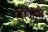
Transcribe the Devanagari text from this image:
ट्रांस्फेरसे